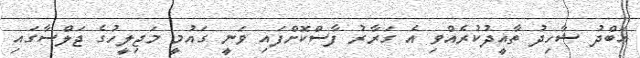
އަބްދު ޝާހިދު ތާއީދުކުރެއްްވި އެ ގަރާރު ފާސްކޮށްފައި ވަނީ ގައުމީ މަޖިލީހުގެ ޖަލްސާގައި